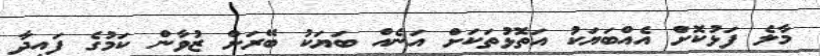
މާލެ ފަޅުކޮށް އެއްބަޔަކު އަތޮޅުތަަކަށް އަނެއް ބަޔަކު ބޭރަށް ޒުވާން ކަމުގެ ފައިދާ